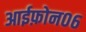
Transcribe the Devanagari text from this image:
आईफ़ोन०६